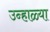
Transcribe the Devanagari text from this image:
उन्हाळ्या